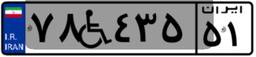
۶۴W۹۲۰۵۸